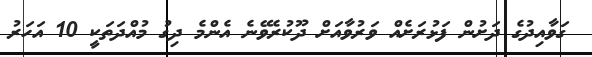
ގަވާއިދުގެ ދަށުން ފަޅުރަށެއް ވަރުވާއަށް ދޫކުރެވޭނެ އެންމެ ދިގު މުއްދަތަކީ 10 އަހަރު